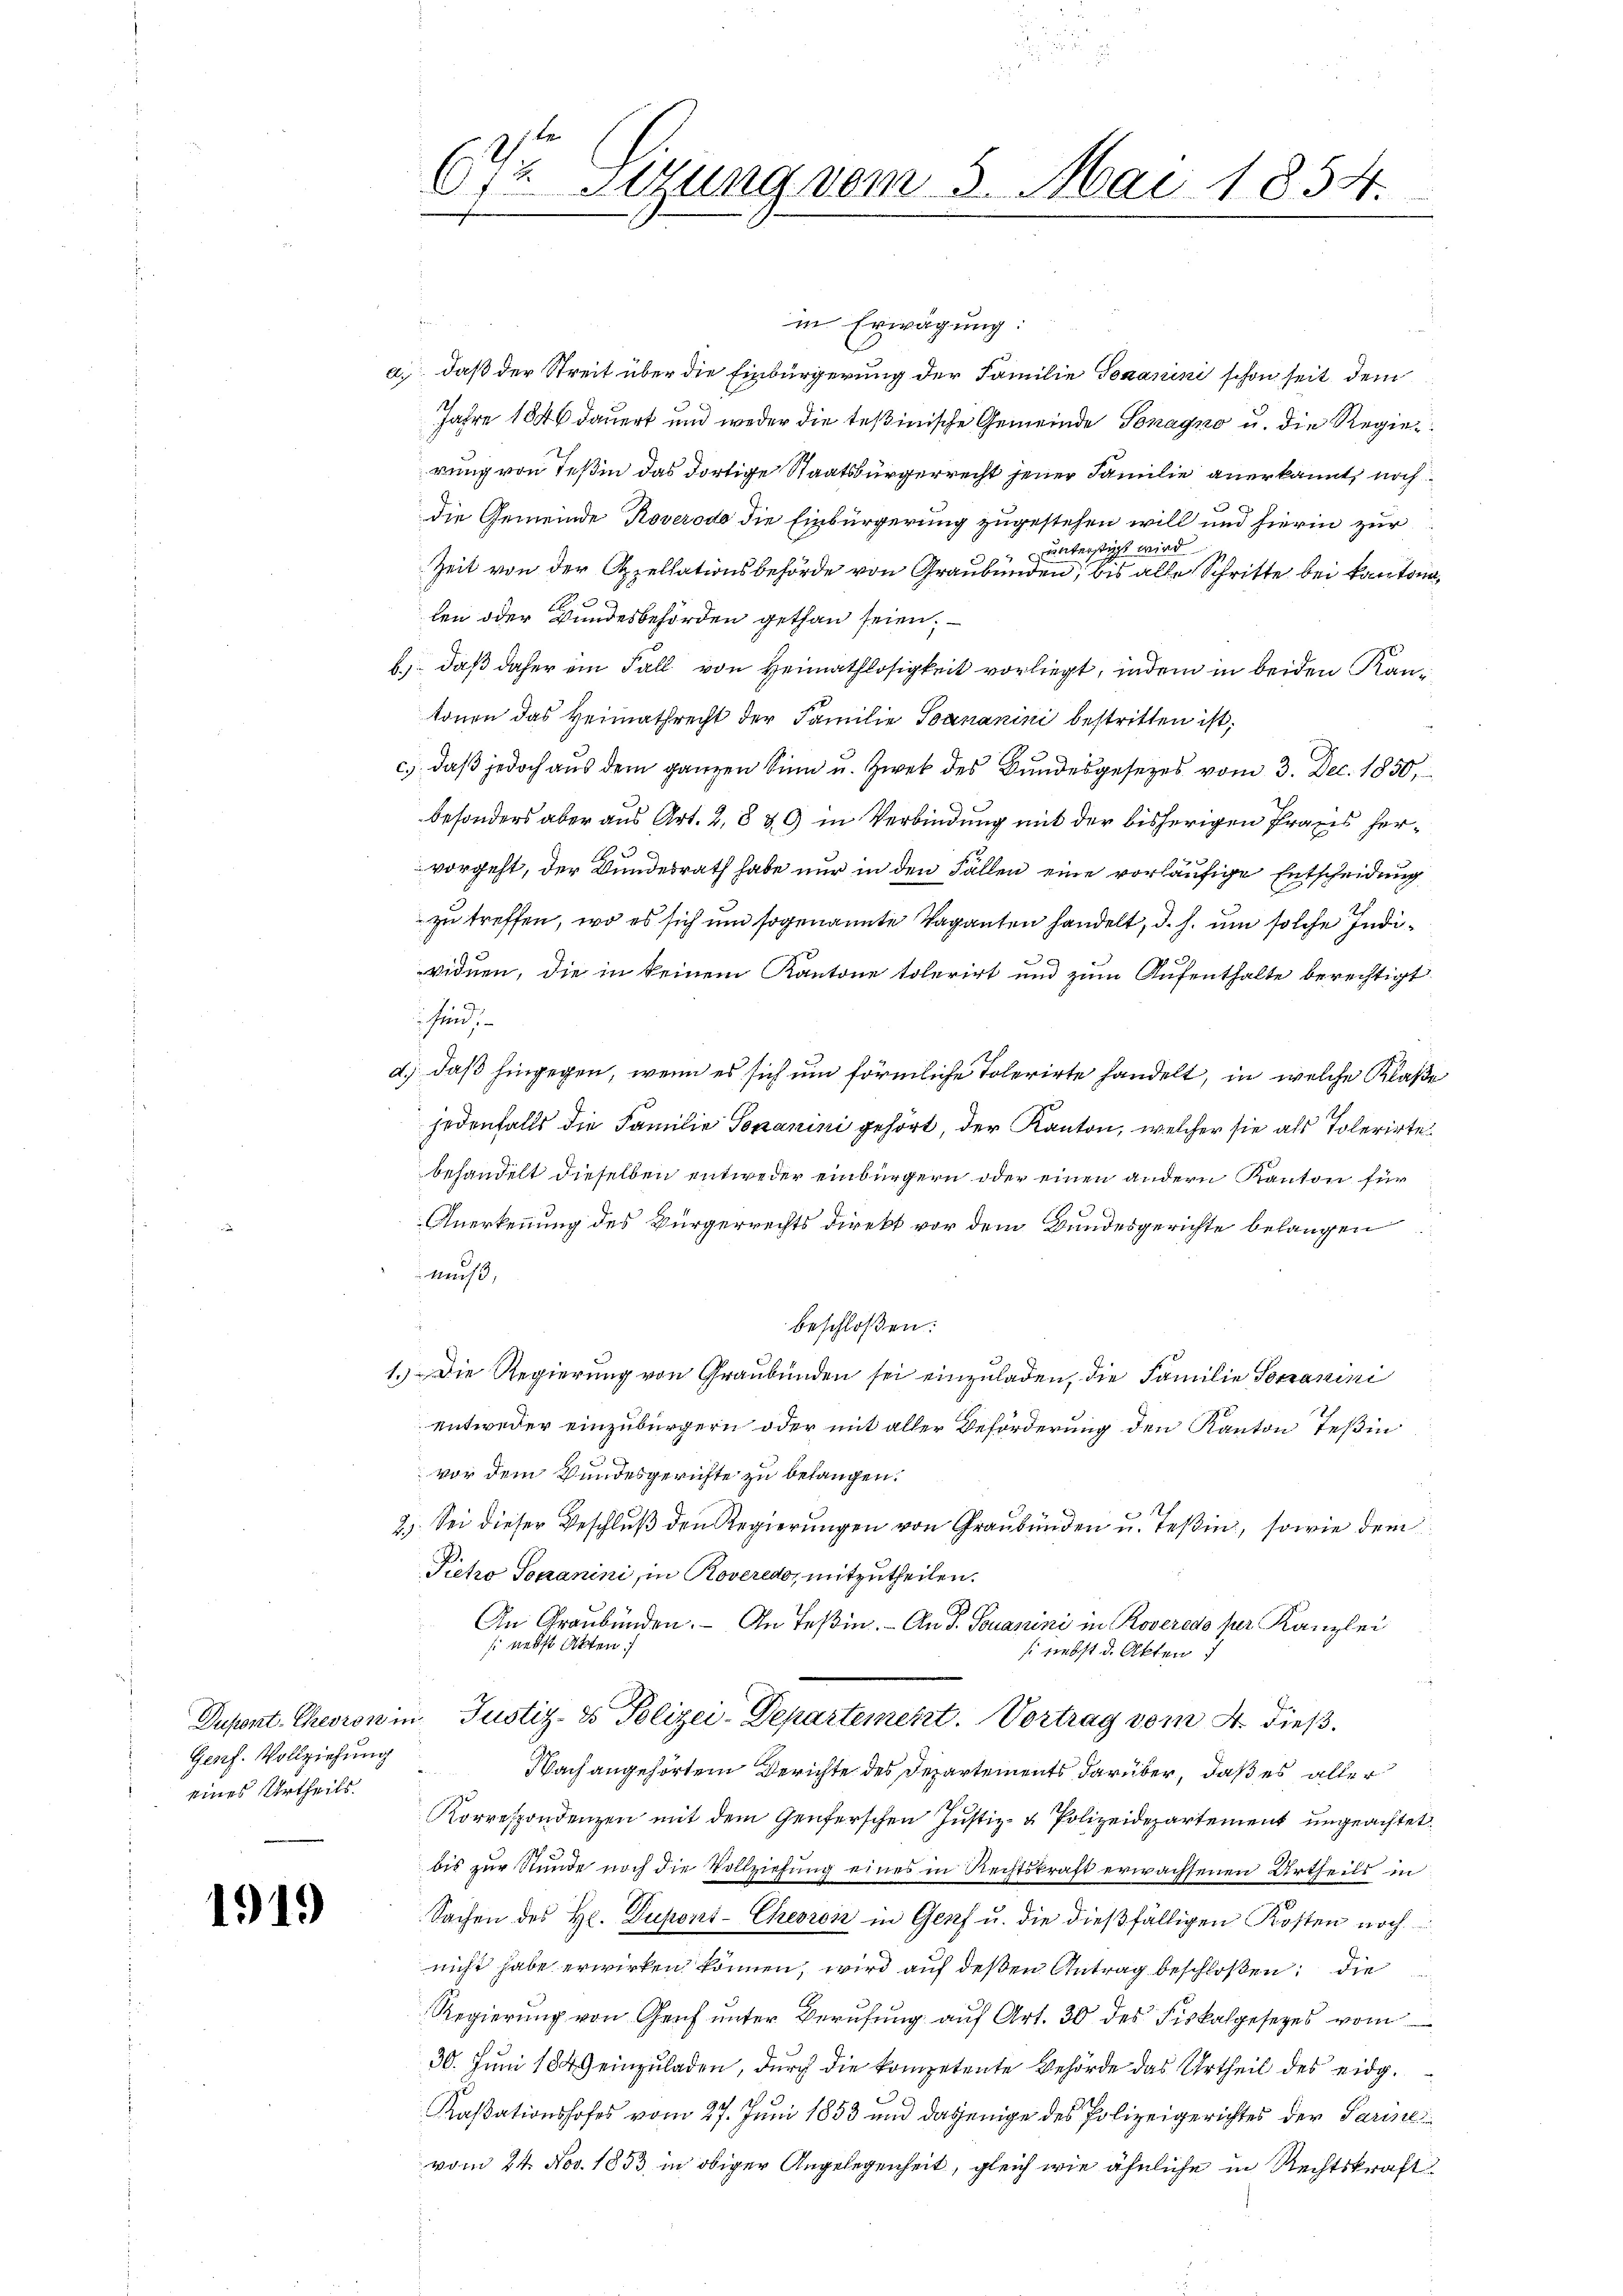
Genf. Vollziehung
eines Urtheils.

1919

in Erwägung:
a. daß der Streit über die Einbürgerung der Familie Tomanini schon seit dem
Jahre 1846 dauert und weder die Teßinische Gemeinde Sonagno u. die Regier
rung von Teßin das dortige Staatsbürgerrecht jener Familie anerkannt, noch
die Gemeinde Roverodo die Einbürgerung zugestehen will und hierin zur
unterstigt wird
Zeit von der Appellationsbehörde von Graubünden, bis alle Schritte bei kantona
len oder Bundesbehörden gethan seien,
b.) daß daher ein Fall von Heimathlosigkeit vorliegt, indem in beiden Kantonen das Heimathrecht der Familie Sananini bestritten ist;
c.) daß jedoch aus dem ganzen Sinn u. Zwek des Bundesgesezes vom 3. Dec. 1850,
besonders aber aus Art. 2, 8 & 9 in Verbindung mit der bisherigen Praxis hervorgeht, der Bundesrath habe nur in den Fällen eine vorläufige Entscheidung
zu treffen, wo es sich um sogenannte Vaganten handelt, d. h. um solche Indi¬

viduen, die in keinem Kantone tolerirt und zum Aufenthalte berechtigt

n
d.) daß hingegen, wenn es sich um förmliche Tolerirte handelt, in welche Klaße
jedenfalls die Familie Tomanini gehört, der Kanton, welcher sie als Tolerirte
behandelt dieselben entweder einbürgern oder einen andern Kanton für
Anerkennung des Bürgerrechts direkt vor dem Bundesgerichte belangen
muß,
beschloßen:
1.) Die Regierung von Graubünden sei einzuladen, die Familie Socranini
entweder einzubürgern oder mit aller Beförderung den Kanton Teßin
vor dem Bundesgerichte zu belangen.
R.
2.) Sei dieser Beschluß den Regierungen von Graubünden u. Teßin, sowie dem
Pietro Senanini, in Roveredo, mitzutheilen.
An Graubünden. An Teßin. - An d. Souanini in Roveredo per Kanzlei
 nebst Akten.
s liebst d. Akten
Dupont. Chevronin Justiz- & Polizei-Departement. Vortrag vom 4. dießa
Nach angehörtem Berichte des Departements darüber, daß es aller
Korrespondenzen mit dem Genferschen Justiz- & Polizeidepartement ungeachtet
bis zur Stunde noch die Vollziehung eines in Rechtskraft erwachsenen Urtheils in
Sachen des Hr. Duport-Chevroiz in Genf u. die dießfälligen Kosten noch
nicht habe erwirken können, wird auf deßen Antrag beschloßen: die
Regierung von Genf unter Berufung auf Art. 30 des Fiskalgesetzes vom
30. Juni 1849 einzuladen, durch die kompetente Behörde das Urtheil des eidg.
Kassationshofes vom 27. Juni 1853 und dasjenige des Polizeigerichtes der Parise
vom 24. Nov. 1853 in obiger Angelegenheit, gleich wie ähnliche in Rechtskraft

(72. Sigung vom 5. Mai 1854.